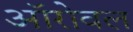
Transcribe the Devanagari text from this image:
ऑरोवल